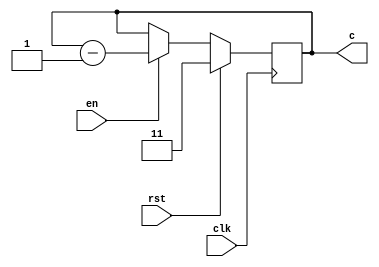
module down_counter( c, en, rst, clk);
input en, rst, clk;
output [1:0]c;
reg [1:0]c;

always@(posedge clk)
begin
if (rst == 1)
c = 2'b11;
else if (en==1)
c = c-1;
end
endmodule